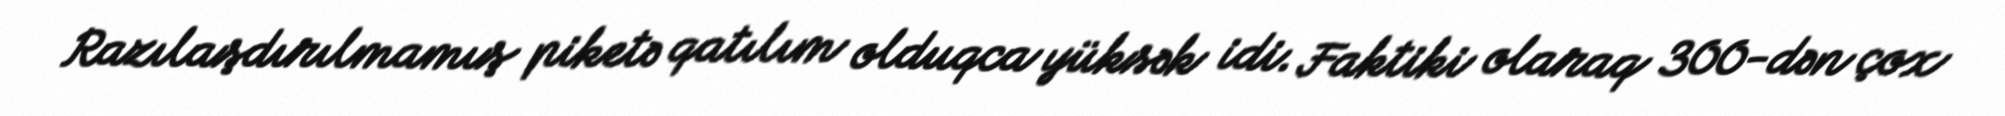
Razılaşdırılmamış piketə qatılım olduqca yüksək idi. Faktiki olaraq 300-dən çox